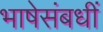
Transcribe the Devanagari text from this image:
भाषेसंबधीं